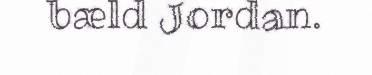
bæld Jordan.